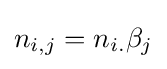
n_{i,j}=n_{i.}\beta _{j}